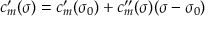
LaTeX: c _ { m } ^ { \prime } ( \sigma ) = c _ { m } ^ { \prime } ( \sigma _ { 0 } ) + c _ { m } ^ { \prime \prime } ( \sigma ) ( \sigma - \sigma _ { 0 } )